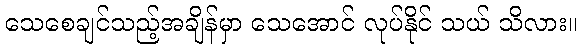
သေစေချင်သည့်အချိန်မှာ သေအောင် လုပ်နိုင် သယ် သိလား။